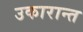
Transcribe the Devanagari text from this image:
उकारान्त